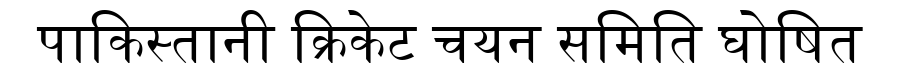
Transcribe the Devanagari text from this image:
पाकिस्तानी क्रिकेट चयन समिति घोषित